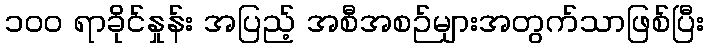
၁၀၀ ရာခိုင်နှုန်း အပြည့် အစီအစဉ်များအတွက်သာဖြစ်ပြီး